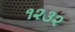
૧૨૩૨